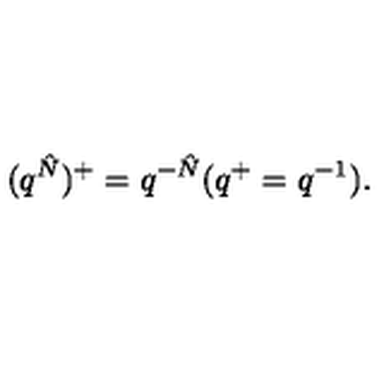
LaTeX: ( q ^ { \hat { N } } ) ^ { + } = q ^ { - \hat { N } } ( q ^ { + } = q ^ { - 1 } ) .